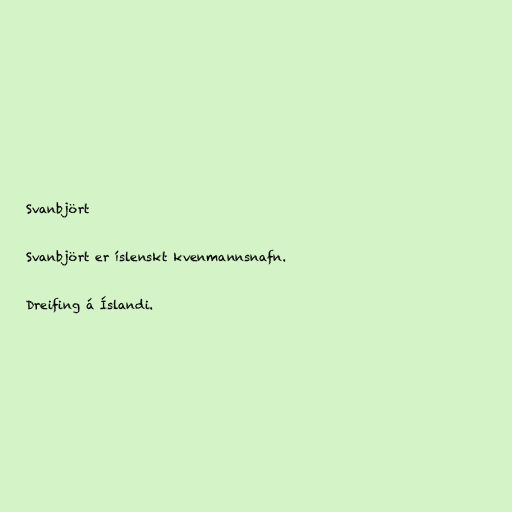
Svanbjört

Svanbjört er íslenskt kvenmannsnafn.

Dreifing á Íslandi.